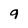
Character: 9